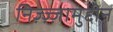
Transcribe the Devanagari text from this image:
निज़्ज़्ज़ामुद्दीन